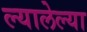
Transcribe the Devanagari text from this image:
ल्यालेल्या